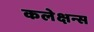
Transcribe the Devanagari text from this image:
कलेक्षन्स